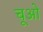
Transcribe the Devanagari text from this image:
चूओ